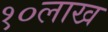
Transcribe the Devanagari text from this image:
१०लाख